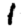
Digit: 1